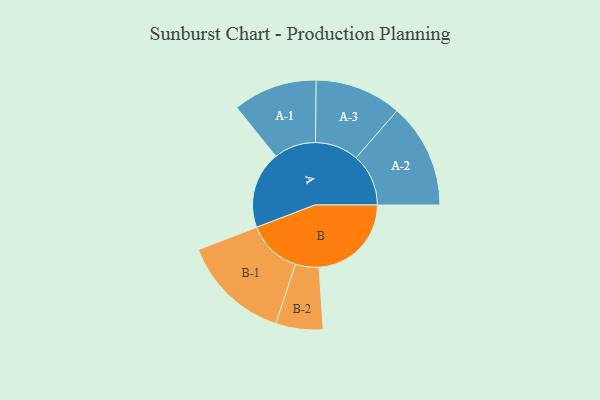
{"axis": {"x": "Segment", "y": "Value"}, "legend": ["", "A", "B"], "data": [{"x": "A", "y": 393, "type": ""}, {"x": "B", "y": 470, "type": ""}, {"x": "A-1", "y": 214, "type": "A"}, {"x": "A-2", "y": 267, "type": "A"}, {"x": "A-3", "y": 221, "type": "A"}, {"x": "B-1", "y": 277, "type": "B"}, {"x": "B-2", "y": 120, "type": "B"}]}